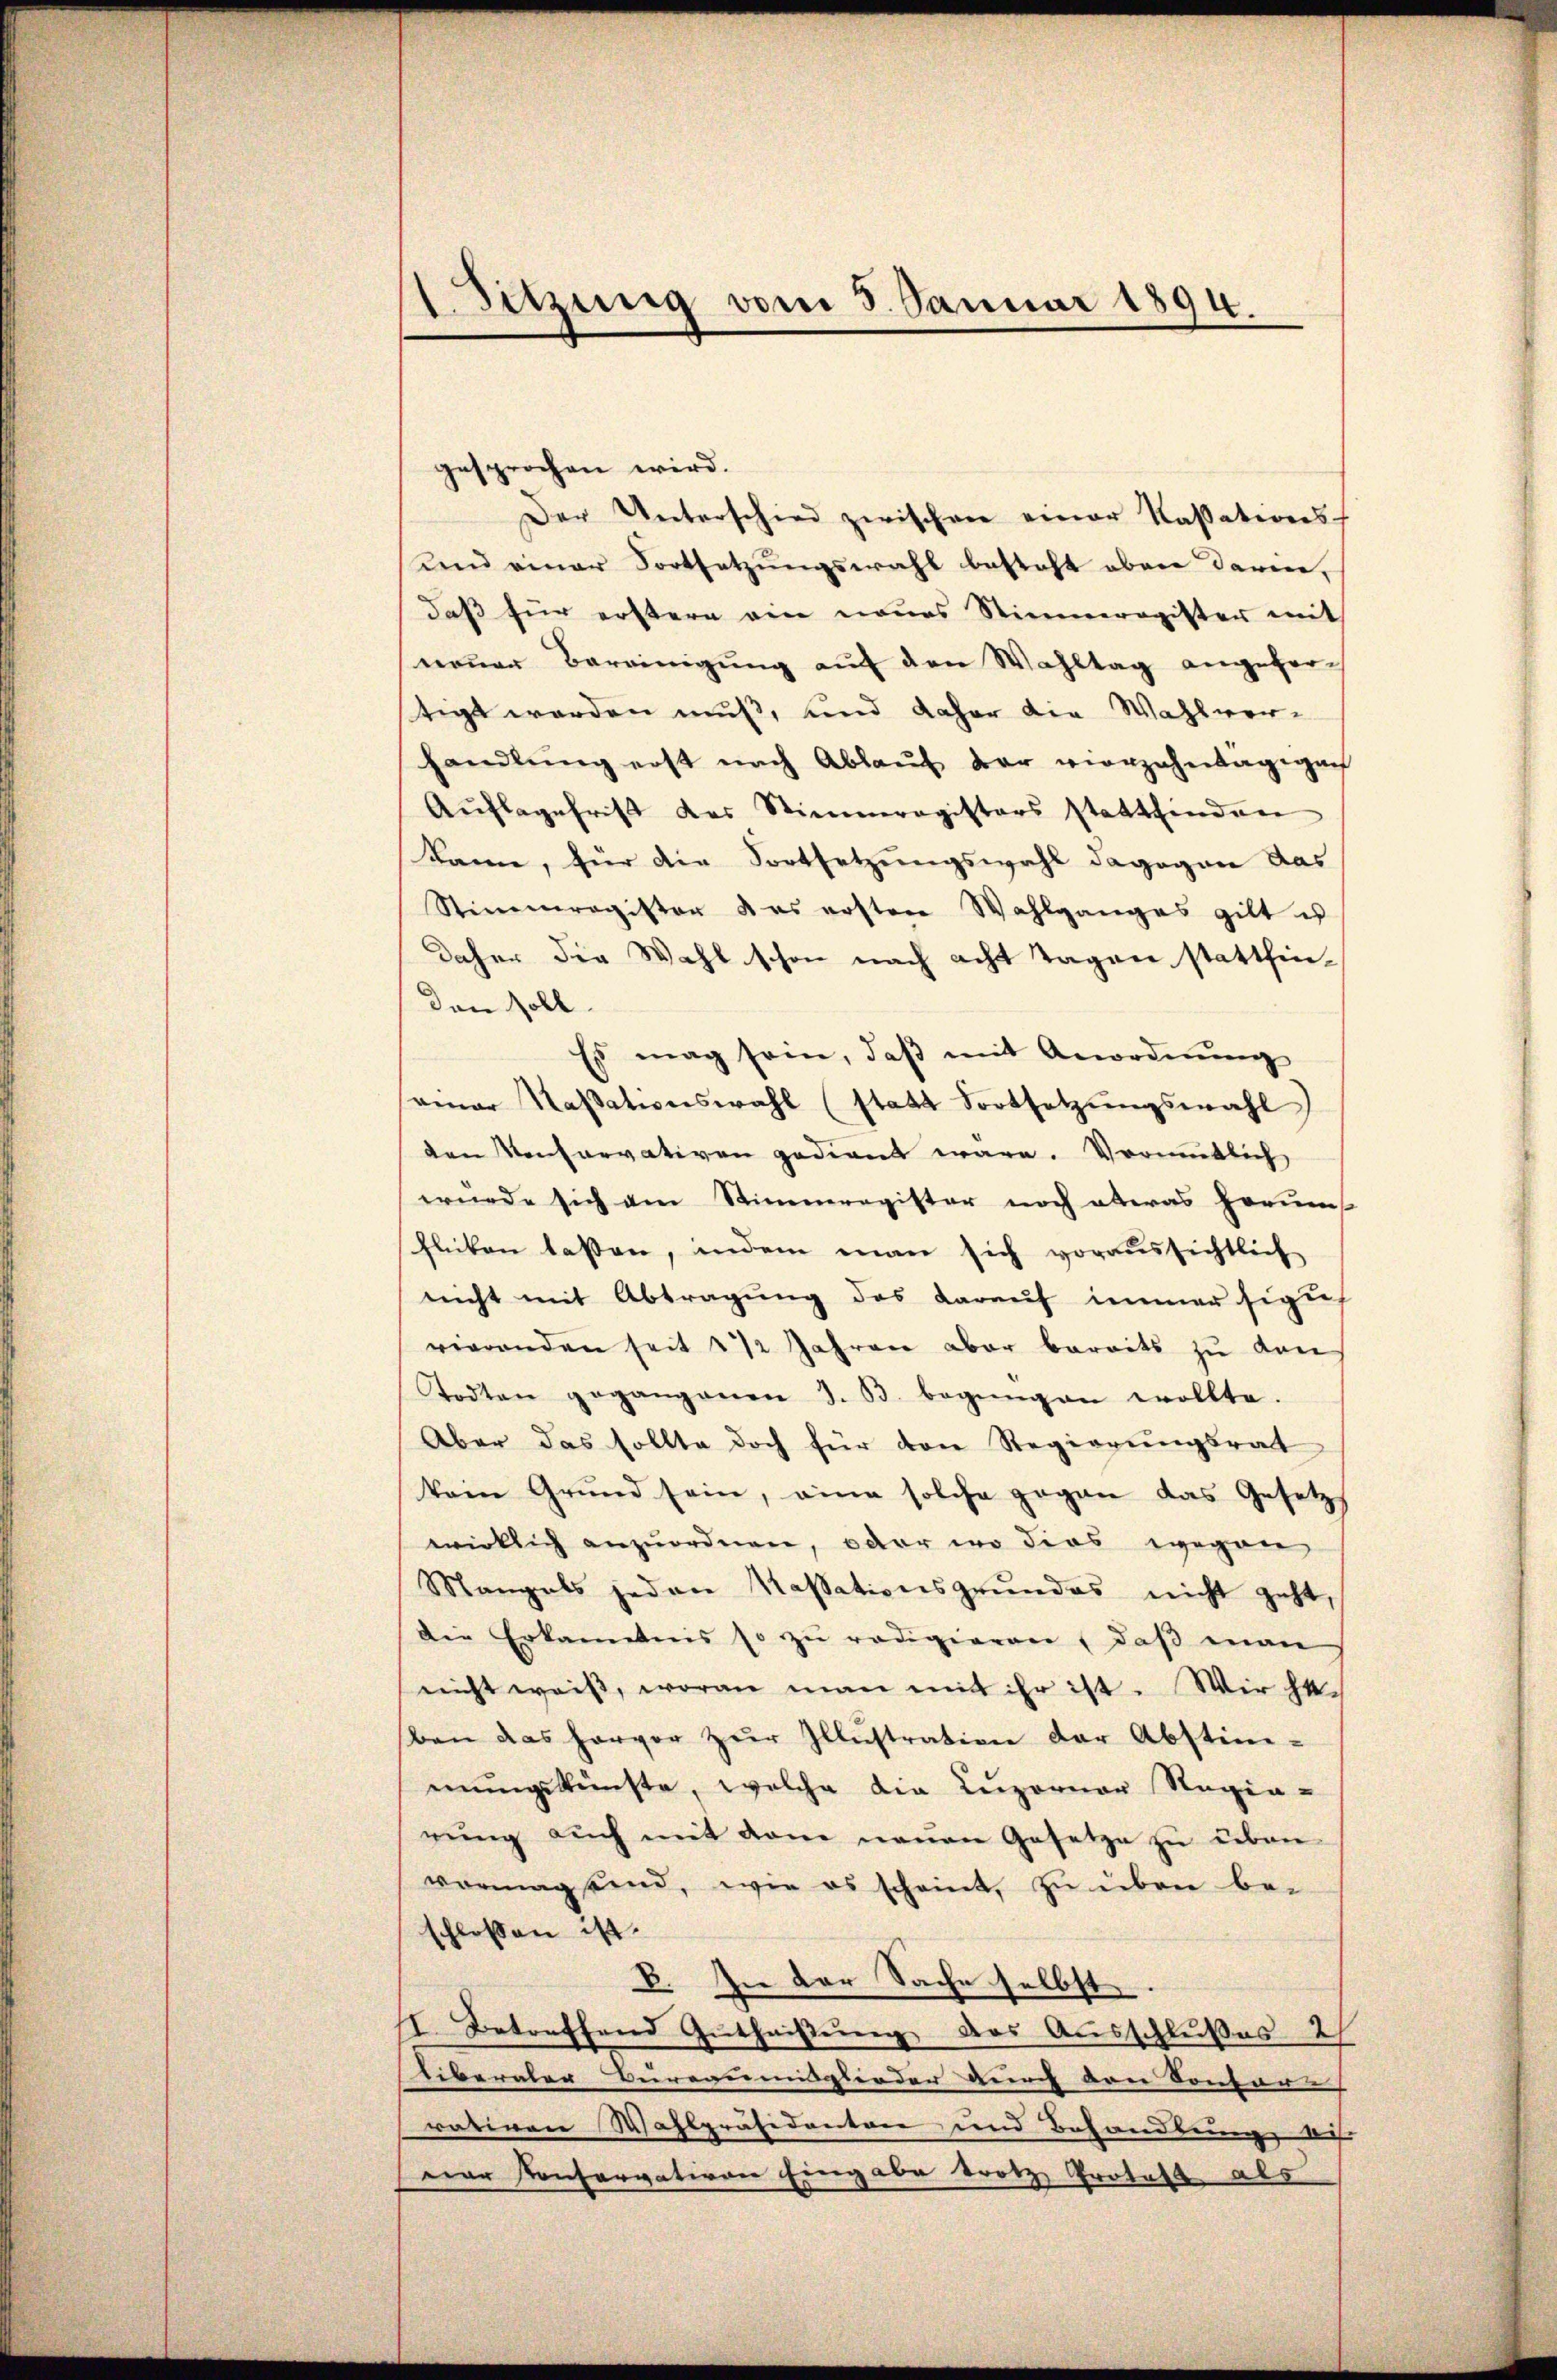
Sitzung vom 5. Januar 1894.

gesprochen wird.
Der Unterschied zwischen einer Kassationsf
und einer Fortsetzungswahl besteht aber darine,
daß für erstern ein neues Stimmregister mit
nonen Bereinigŭng auf den Wahltag angefortigt werden muß, und daher die Wahlverhandlŭng erst nach Ablaŭf der vierzehntägigen
Aŭflagefrist der Stimmregisters stattfinden
kann, für die Fortsetzungswahl dagegen das
Stimmregister & es ersten Wahlganges gilt is
daher die Wahl schon nach acht Tagen stattfinden soll.
Es mag sein, daß mit Anordnung
vener Massationswahl (statt Fortsetzungswahl
den Konservativen gedient wäre. Vermutlich
wurde sich am Stimmregister noch etwas herums
flücken laßen, indem man sich voraussichtlich
nicht mit Abtragung des darauf immer sigich
vierenden seit 2 1/2 Jahren aber bereits zu den
Todten gegangenen J. B. begŭngen wollte.
Aber das sollte doch für den Regierungsrat
kein Grŭnd sein, eine solche gegen das Gesetz
wirklich anzuordnen, oder wo dies wegen
Mangels jeden Kassationsgrundes nicht geht,
Die Erkanntnis so zŭ redigieren (daβ man
nicht weiss, woran man mit ihr ist. Wir ge-
ben das hervor zŭr Illustration der Abstim-
mungskünste, welche die Luzerner Regen-
rŭng auch mit dem neuen Gesetze zu über
vermag und, wie es scheint, zu über be-
schlossen ist.
B. In der Sache selbst.
I. Betreffend Gutheißung das Ausschlußes 2
liberaler Bureaumisglieder durch von Contore
rativen Wahlpräsidenten, und Behandlung de
ear Konservativen Eingabe trotz, Protest als